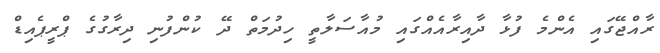
ރާއްޖޭގައި އެންމެ ފުޅާ ދާއިރާއެއްގައި މުއާސަލާތީ ހިދުމަތް ދޭ ކުންފުނި ދިރާގުގެ ޕްރީޕެއިޑް